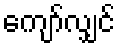
ကျော်လျှင်